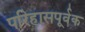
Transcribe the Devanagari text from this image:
परिहासपूर्वक